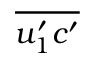
\overline { { u _ { 1 } ^ { \prime } c ^ { \prime } } }